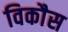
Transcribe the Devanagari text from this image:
विकाैस